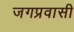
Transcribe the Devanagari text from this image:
जगप्रवासी